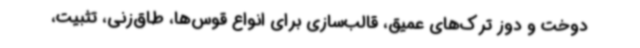
دوخت و دوز ترک‌های عمیق، قالب‌سازی برای انواع قوس‌ها، طاق‌زنی، تثبیت،